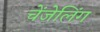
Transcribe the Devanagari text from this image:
चेंजेलिंग